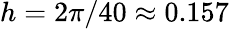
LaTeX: h=2\pi/40\approx 0.157